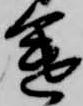
途